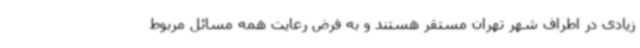
زیادی در اطراف شهر تهران مستقر هستند و به فرض رعایت همه مسائل مربوط